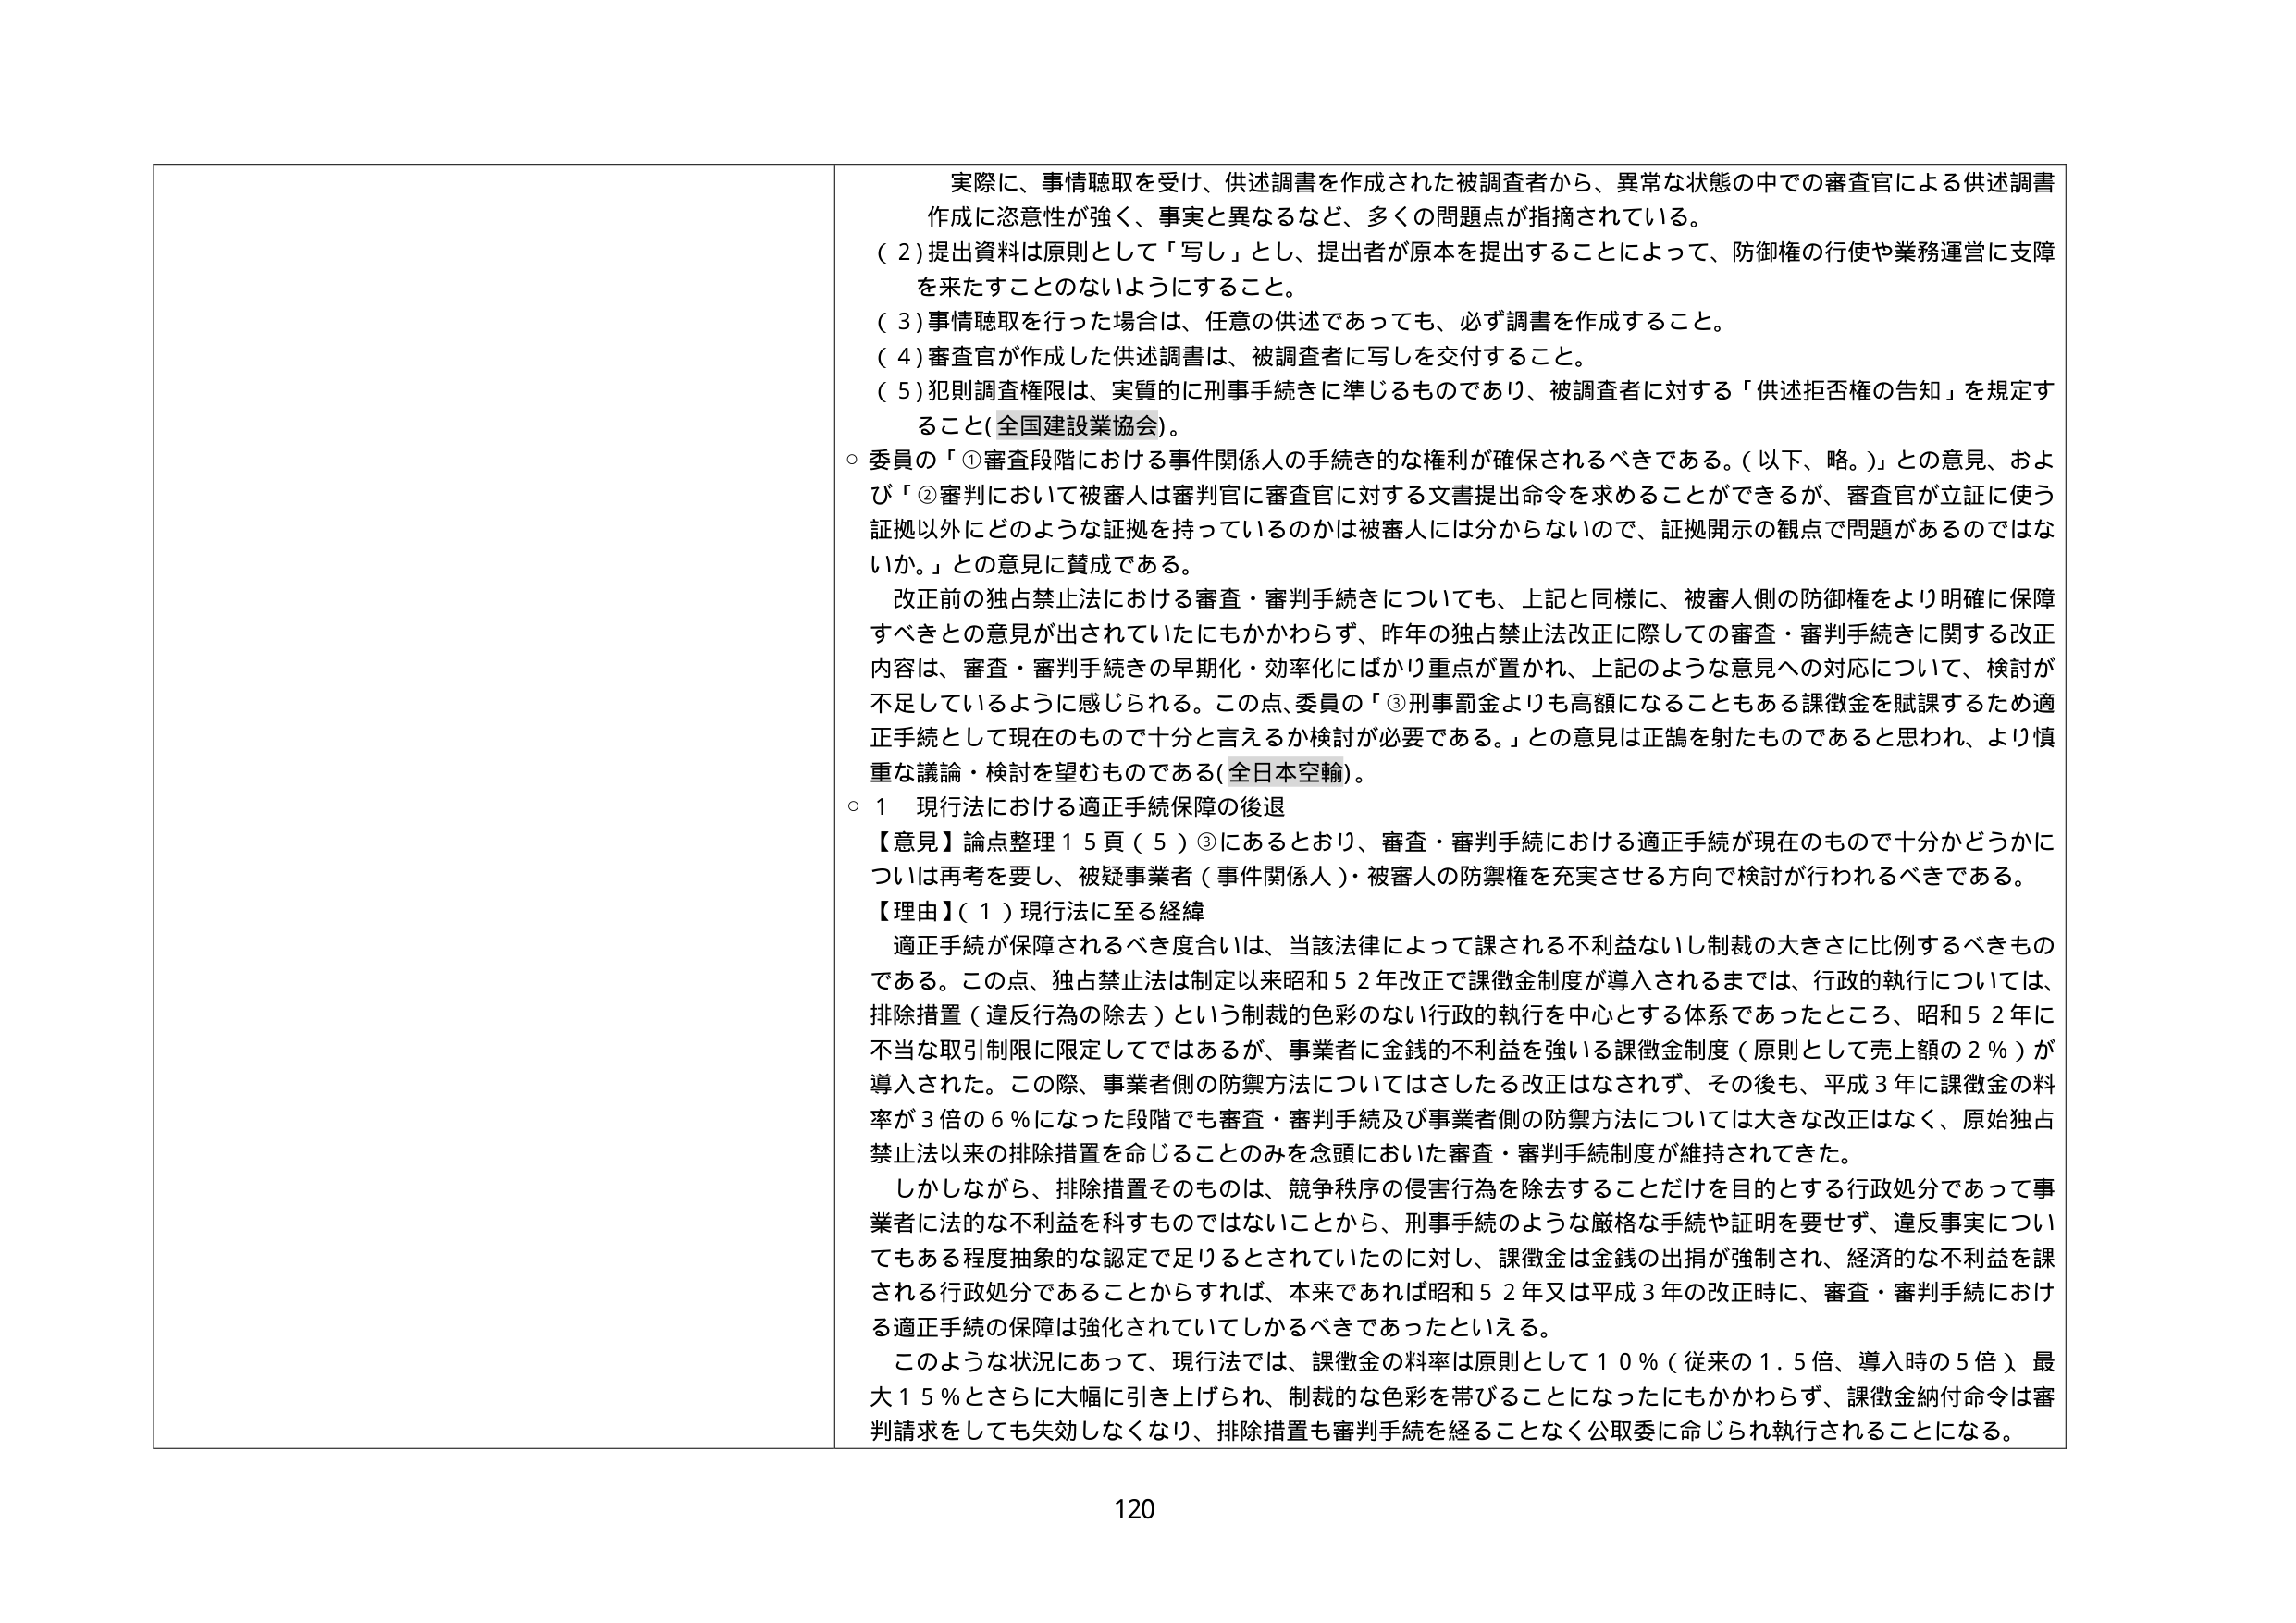
実際に、事情聴取を受け、供述調書を作成された被調査者から、異常な状態の中での審査官による供述調書作成に恣意性が強く、事実と異なるなど、多くの問題点が指摘されている。

（２）提出資料は原則として「写し」とし、提出者が原本を提出することによって、防御権の行使や業務運営に支障を来たすことのないようにすること。

（３）事情聴取を行った場合は、任意の供述であっても、必ず調書を作成すること。

（４）審査官が作成した供述調書は、被調査者に写しを交付すること。

（５）犯則調査権限は、実質的に刑事手続きに準じるものであり、被調査者に対する「供述拒否権の告知」を規定すること（全国建設業協会）。

○ 委員の「①審査段階における事件関係人の手続き的な権利が確保されるべきである。（以下、略。）」との意見、および「②審判において被審人は審判官に審査官に対する文書提出命令を求めることができるが、審査官が立証に使う証拠以外にどのような証拠を持っているのかは被審人には分からないので、証拠開示の観点で問題があるのではないか。」との意見に賛成である。

改正前の独占禁止法における審査・審判手続きについても、上記と同様に、被審人側の防御権をより明確に保障すべきとの意見が出されていたにもかかわらず、昨年の独占禁止法改正に際しての審査・審判手続きに関する改正内容は、審査・審判手続きの早期化・効率化にばかり重点が置かれ、上記のような意見への対応について、検討が不足しているように感じられる。この点、委員の「③刑事罰金よりも高額になることもある課徴金を賦課するため適正手続として現在のもので十分と言えるか検討が必要である。」との意見は正鵠を射たものであると思われ、より慎重な議論・検討を望むものである（全日本空輸）。

○ １ 現行法における適正手続保障の後退

【意見】論点整理１５頁（５）③にあるとおり、審査・審判手続における適正手続が現在のもので十分かどうかについては再考を要し、被疑事業者（事件関係人）・被審人の防禦権を充実させる方向で検討が行われるべきである。

【理由】（１）現行法に至る経緯

適正手続が保障されるべき度合いは、当該法律によって課される不利益ないし制裁の大きさに比例するべきものである。この点、独占禁止法は制定以来昭和５２年改正で課徴金制度が導入されるまでは、行政的執行については、排除措置（違反行為の除去）という制裁の色彩のない行政的執行を中心とする体系であったところ、昭和５２年に不当な取引制限に限定してではあるが、事業者に金銭的不利益を強いる課徴金制度（原則として売上額の２％）が導入された。この際、事業者側の防禦方法についてはさしたる改正はなされず、その後も、平成３年に課徴金の料率が３倍の６％になった段階でも審査・審判手続及び事業者側の防禦方法については大きな改正はなく、原始独占禁止法以来の排除措置を命じることのみを念頭においた審査・審判手続制度が維持されてきた。

しかしながら、排除措置そのものは、競争秩序の侵害行為を除去することだけを目的とする行政処分であって事業者に法的な不利益を科すものではないことから、刑事手続のような厳格な手続や証明を要せず、違反事実についてもある程度抽象的な認定で足りるとされていたのに対し、課徴金は金銭の出捐が強制され、経済的な不利益を課される行政処分であることからすれば、本来であれば昭和５２年又は平成３年の改正時に、審査・審判手続における適正手続の保障は強化されていしかるべきであったといえる。

このような状況にあって、現行法では、課徴金の料率は原則として１０％（従来の１．５倍、導入時の５倍）、最大１５％とさらに大幅に引き上げられ、制裁的な色彩を帯びることになったにもかかわらず、課徴金納付命令は審判請求をしても失効しなくなり、排除措置も審判手続を経ることなく公取委に命じられ執行されることになる。

120